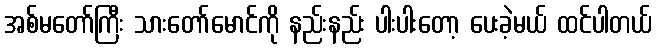
အစ်မတော်ကြီး သားတော်မောင်ကို နည်းနည်း ပါးပါးတော့ ပေးခဲ့မယ် ထင်ပါတယ်